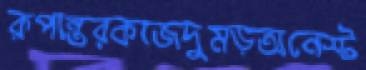
রূপান্তরকাজদুমড়অনেস্ট